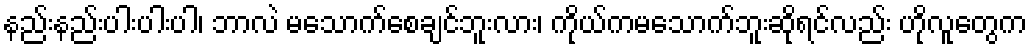
နည်းနည်းပါးပါးပါ၊ ဘာလဲ မသောက်စေချင်ဘူးလား၊ ကိုယ်ကမသောက်ဘူးဆိုရင်လည်း ဟိုလူတွေက